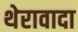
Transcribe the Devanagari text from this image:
थेरावादा